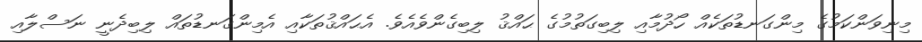
މިނިވަންކަމުގެ މިންގަނޑުތަކެއް ހޯދުމާއި ލިބިގަތުމުގެ ޙައްޤު ލިބިގެންވެއެވެ. އެޙައްޤުތަކާއި އެމިންގަނޑުތައް ލިބިދެނީ ނަސްލާއި